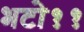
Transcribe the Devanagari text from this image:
भटो११